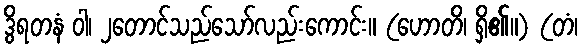
ဒွိရတနံ ဝါ၊ ၂တောင်သည်သော်လည်းကောင်း။ (ဟောတိ၊ ရှိ၏။) (တံ၊